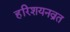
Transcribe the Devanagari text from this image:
हरिशयनव्रत